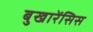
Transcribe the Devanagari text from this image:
बुखारेंसिस